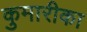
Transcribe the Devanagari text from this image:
कुमारीका